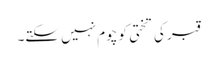
قبر کی تختی کو چوم نہیں سکتے۔